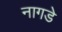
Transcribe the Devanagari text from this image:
नागडे